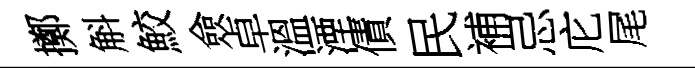
擲斛鮫僉卓溫湮債民補忌庀尾